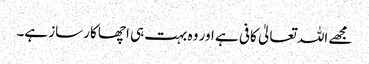
مجھے اللہ تعالیٰ کافی ہے اور وہ بہت ہی اچھا کارساز ہے۔